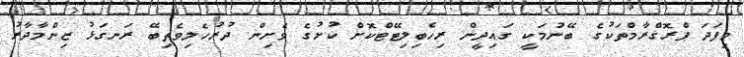
މިފަދަ ޕްރޮގްރާމްތަކުގެ ބޭނުމަކީ ގައިދީން ރިހެބިލިޓޭޓްކޮށް ކުށުގެ ވެށިން ދުރުހެލިވެތިބޭ ރަނގަޅު ޒިންމާދާރު